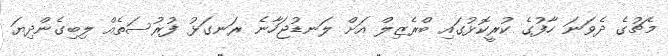
މެޗުގެ ދެވަަނަ ހާފުގެ ކުރީކޮޅުގައި ބްރެޒިލް އަށް ލަނޑުޖަހާނެ ރަނގަޅު ފުރުސަތެއް ލިބިގެންދިޔަ